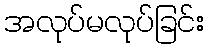
အလုပ်မလုပ်ခြင်း